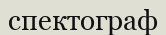
спектограф